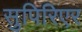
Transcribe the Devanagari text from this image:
सुपिरिएर